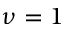
\nu = 1